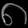
Digit: ၈